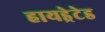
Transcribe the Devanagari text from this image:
हायड्रेटेड